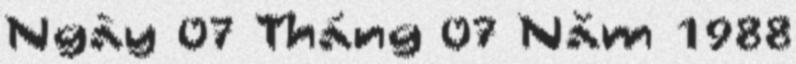
Ngày 07 Tháng 07 Năm 1988